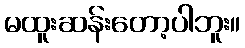
မထူးဆန်းတော့ပါဘူး။